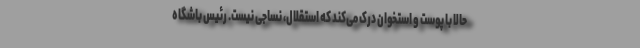
حالا با پوست و استخوان درک می‌کند که استقلال، نساجی نیست. رئیس باشگاه